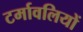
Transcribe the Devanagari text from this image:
टर्मावलियों